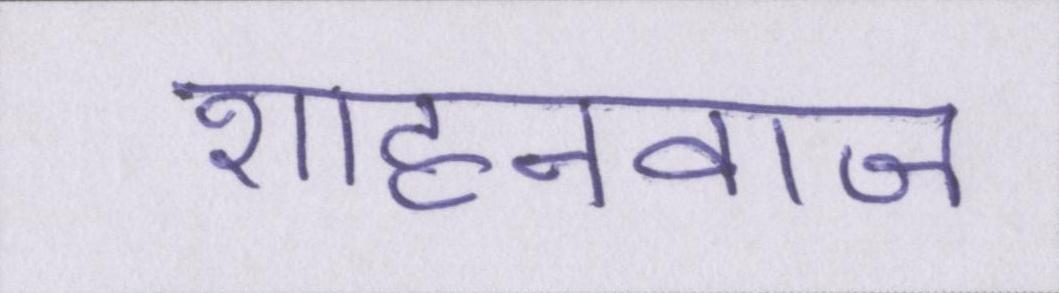
शाहनवाज